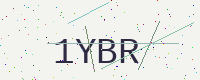
Text: 1YBR